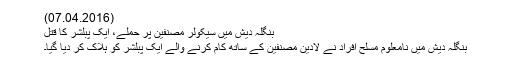
(07.04.2016)
بنگلہ دیش میں سیکولر مصنفین پر حملے، ایک پبلشر کا قتل
بنگلہ دیش میں نامعلوم مسلح افراد نے لادین مصنفین کے ساتھ کام کرنے والے ایک پبلشر کو ہلاک کر دیا گیا۔